Madras plague regulations in force outside the Presidency town - Volume 1
Disease focus: Plague
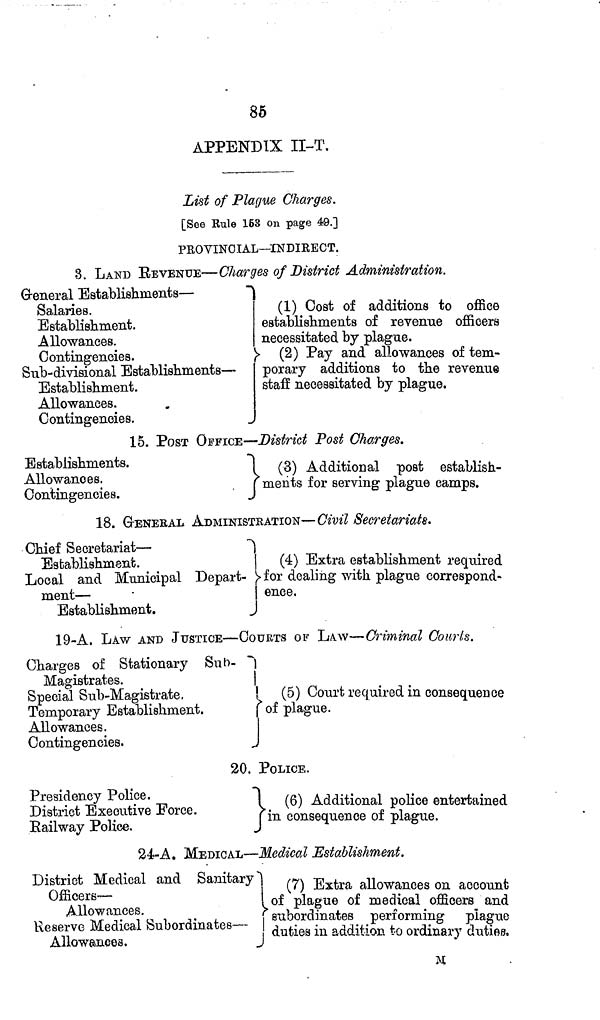
86
APPENDIX II-T,
List of Plague Charges.
[See Rule 153 on page 49.]
PROVINCIAL—INDIRECT.
3. LAND REVENUE—Charges of District Administration.
Greneral Establishments —
Salaries.
Establishment.
Allowances.
Contingencies.
Sub-divisional Establishments —
Establishment.
Allowances.
Contingencies.
(1) Cost of additions to office
establishments of revenue officers
necessitated by plague.
(2) Pay and allowances of tem-
porary additions to the revenue
staff necessitated by plague.
15. POST OFFICE — District Post Charges.
Establishments.
Allowances.
Contingencies.
(
3) Additional post establish-
ments for serving plague camps.
18. GENERAL ADMINISTRATION — Civil Secretariats.
Chief Secretariat —
Establishment.
Local and Municipal Depart-
ment —
Establishment.
(4) Extra establishment required
for dealing with plague correspond-
ence.
19-A. LAW AND JUSTICE — COURTS OF LAW-— Criminal Courts.
Charges of Stationary Sub-
Magistrates.
Special Sub-Magistrate,
Temporary Establishment.
Allowances.
Contingencies.
(5) Court required in consequence
of plague.
20. POLICE.
Presidency Police.
District Executive Force.
Railway Police.
(
6) Additional police entertained
in consequence of plague.
24- A. MEDICAL — Medical Establishment.
District Medical and Sanitary
Officers —
Allowances.
Reserve Medical Subordinates —
Allowances.
(7) Extra allowances on account
of plague of medical officers and
subordinates performing plague
duties in addition to ordinary duties,
n